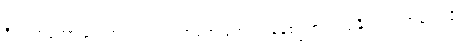
ဒီဟာကတော့ ခဲတံတွင် ကင်ညာတရုတ် ကျောင်းနေစဉ်ကပင် ပျံနိုင်သည့်အဆင့်သို့